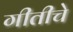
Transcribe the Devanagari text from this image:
गीतीचे